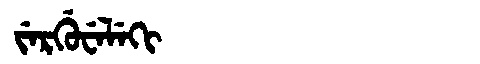
Manchu: ᠵᡝᡵᡤᡠᠸᡝᠯᡝᡴᡳ
Romanization: JERGUWELEKI